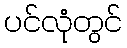
ပင်လုံတွင်